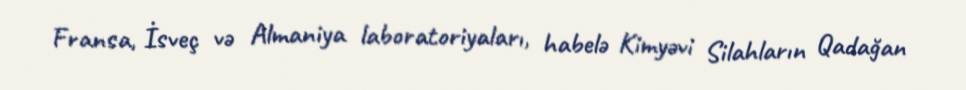
Fransa, İsveç və Almaniya laboratoriyaları, habelə Kimyəvi Silahların Qadağan